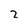
Character: 2